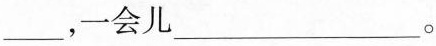
___，一会儿___。